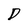
Character: D